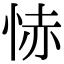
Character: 㤸